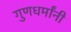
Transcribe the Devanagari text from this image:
गुणधर्मांनी